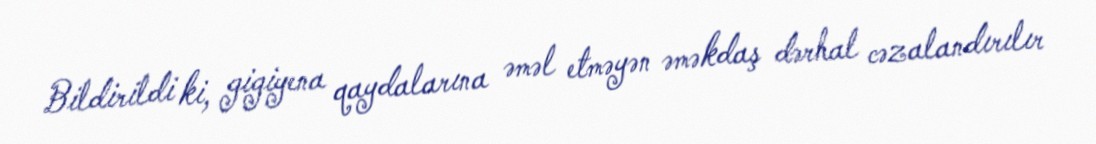
Bildirildi ki, gigiyena qaydalarına əməl etməyən əməkdaş dərhal cəzalandırılır